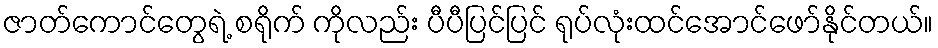
ဇာတ်ကောင်တွေရဲ့ စရိုက် ကိုလည်း ပီပီပြင်ပြင် ရုပ်လုံးထင်အောင်ဖော်နိုင်တယ်။